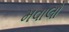
મવાલો